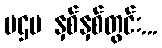
ပဌမ နှစ်နှစ်တွင်း...